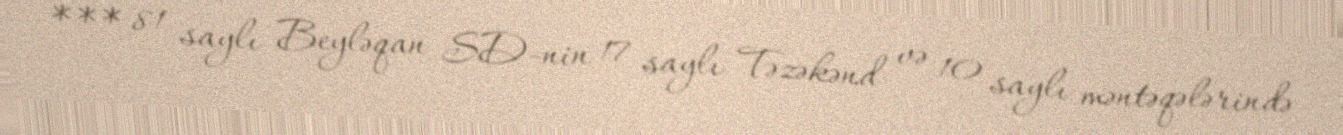
*** 81 saylı Beyləqan SD-nin 17 saylı Təzəkənd və 10 saylı məntəqələrində